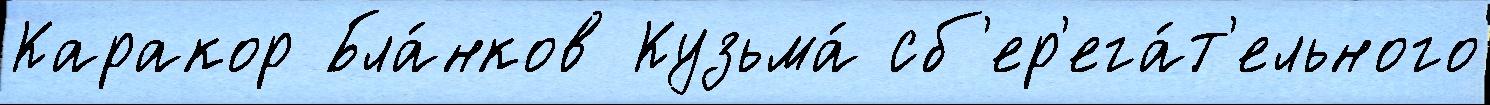
Каракор Бла́нков Кузьма́ сб'ер'ега́т'ельного